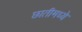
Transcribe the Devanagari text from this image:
छातीमध्ये